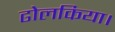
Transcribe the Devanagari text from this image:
ढोलकिया।